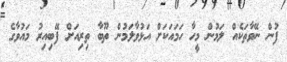
ފުން ނޭވާތަކެއް ލަމުން މީހާ ހަމައަކަށް އަޅުވާލަމުން ތޫބާ ތިރިއަށް ފޭބިއިރު މައުވާގެ